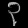
Digit: ၃